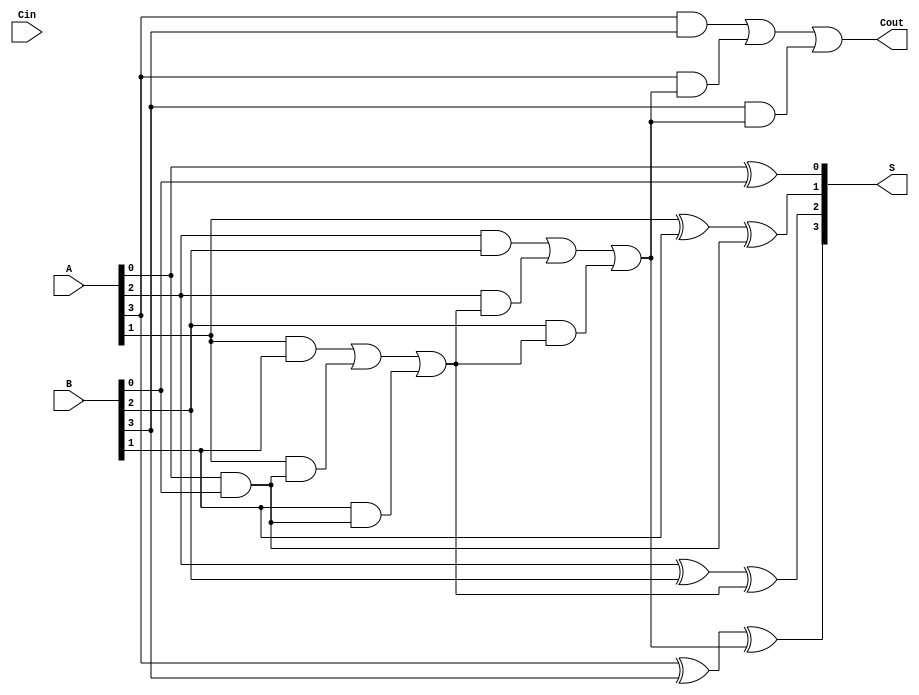
module manchester_carry_chain_adder #(
  parameter WIDTH = 4
)(
  input [WIDTH-1:0] A, B,
  input Cin,
  output [WIDTH-1:0] S,
  output Cout
);

wire [WIDTH:0] P;
wire [WIDTH:0] G;

assign P[0] = A[0] ^ B[0];
assign G[0] = A[0] & B[0];

genvar i;
generate
  for (i = 1; i < WIDTH; i = i+1) begin
    assign P[i] = A[i] ^ B[i] ^ G[i-1];
    assign G[i] = (A[i] & B[i]) | (A[i] & G[i-1]) | (B[i] & G[i-1]);
  end
endgenerate

assign S = P[WIDTH-1:0];
assign Cout = G[WIDTH-1];

endmodule